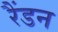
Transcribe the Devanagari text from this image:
रैंडन